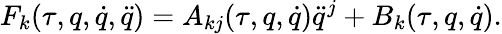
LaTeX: F_{k}(\tau,q,\dot{q},\ddot{q})=A_{kj}(\tau,q,\dot{q})\ddot{q}^{j}+B_{k}(\tau,q,\dot{q}).